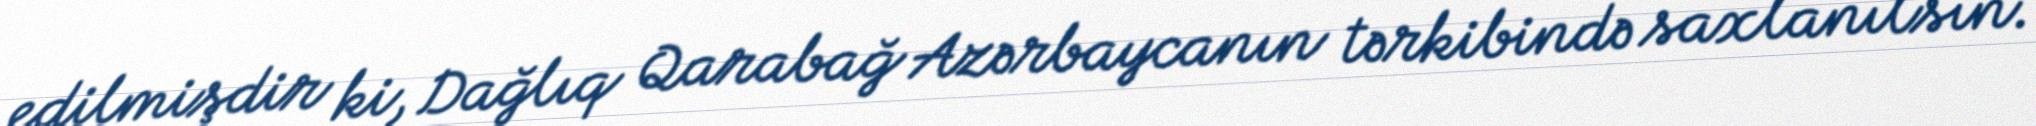
edilmişdir ki, Dağlıq Qarabağ Azərbaycanın tərkibində saxlanılsın.